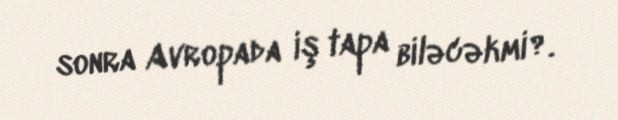
sonra Avropada iş tapa biləcəkmi?.